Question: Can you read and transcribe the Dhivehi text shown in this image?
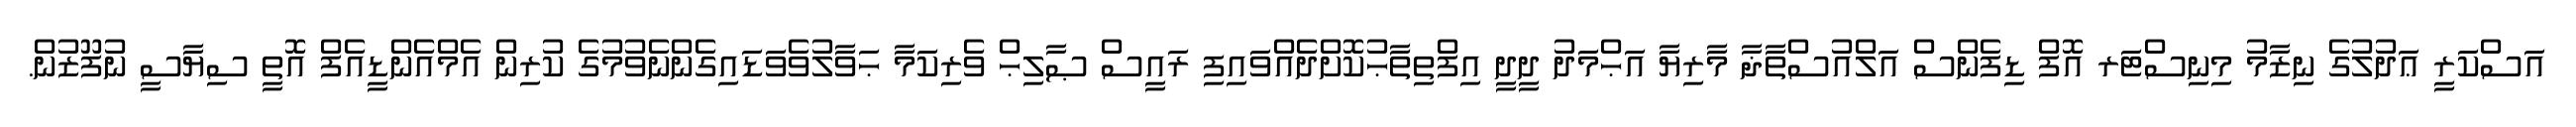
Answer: އަސްކަރީ ޢަދުލުގެ ނިޒާމު މިނިސްޓަރ އޮފް ޑިފެންސް އަލްއުސްތާޛާ މާރިޔާ އަޙްމަދު ދީދީ އިފްތިތާޙުކޮށްދެއްވައިފި ރައީސް ޞާލިޙް ވެރިކަމާ ޙަވާލުވެވަޑައިގެންނެވުމުގެ ކުރިން އެމްއެންޑީއެފް އޮތީ ސިޔާސީ ނުފޫޒުން.